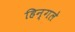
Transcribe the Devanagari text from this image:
हिन्गले